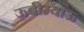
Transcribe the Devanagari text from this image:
ऊबीम्याऊ